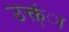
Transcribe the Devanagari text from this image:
उक्त्ंा